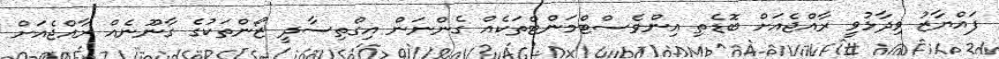
ފައްޔާޒު ވިދާޅުވީ ރާއްޖެއަށް ބޮޑެތި އިންވެސްޓްމަންޓްތަކެއް ގެންނަން އިގްތިސާދީ ޒޯންތަކުގެ ގާނޫނެއް ރާއްޖެއަށް